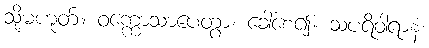
သို့မဟုတ်။ ဝက္ကောသာပေတွာ၊ ခေါ်စေ၍။ သပရိဝါရာနံ၊